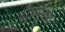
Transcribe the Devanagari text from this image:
दीघर्सूत्रता